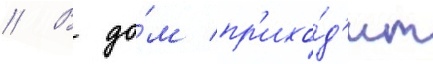
// В до́м пр'ихо́д'ит